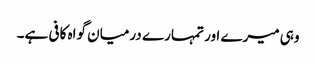
وہی میرے اور تمہارے درمیان گواہ کافی ہے۔